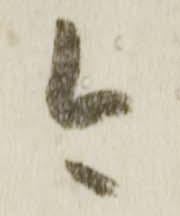
今